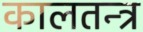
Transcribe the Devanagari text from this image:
कालतन्त्र